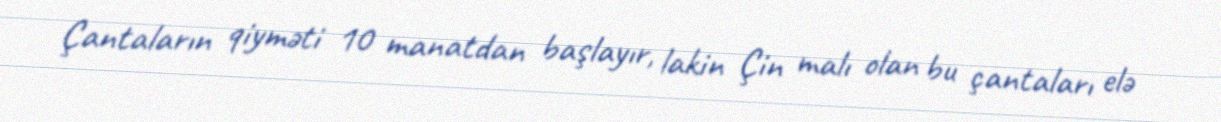
Çantaların qiyməti 10 manatdan başlayır, lakin Çin malı olan bu çantaları elə